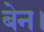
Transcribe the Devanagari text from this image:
बेन।